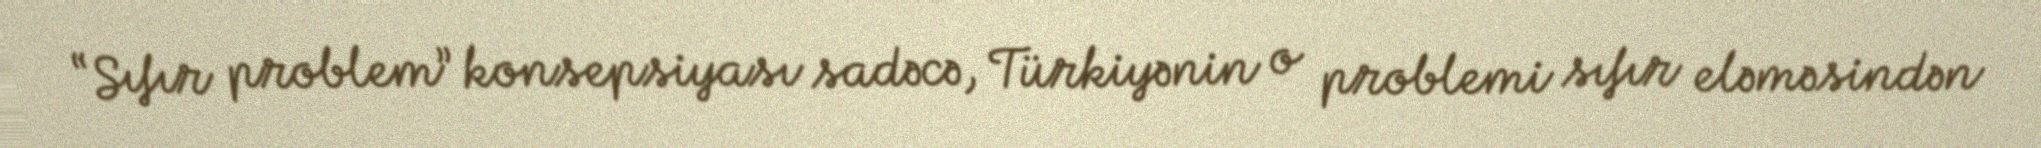
“Sıfır problem” konsepsiyası sadəcə, Türkiyənin o problemi sıfır eləməsindən